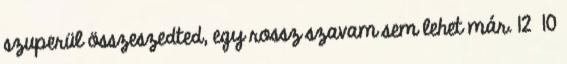
szuperül összeszedted, egy rossz szavam sem lehet már. 12 10